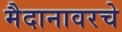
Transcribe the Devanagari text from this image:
मैदानावरचे